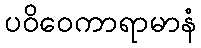
ပဝိဝေကာရာမာနံ